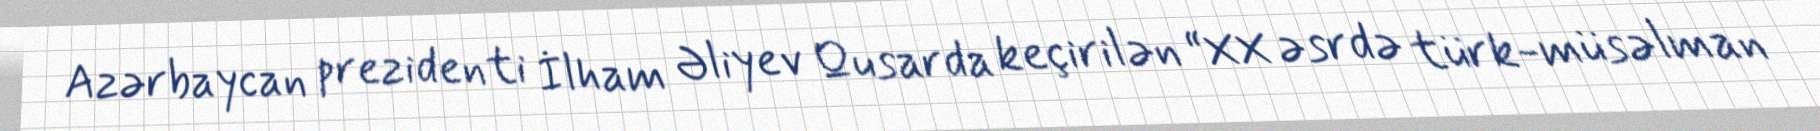
Azərbaycan prezidenti İlham Əliyev Qusarda keçirilən “XX əsrdə türk-müsəlman